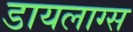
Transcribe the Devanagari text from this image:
डायलाग्स